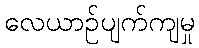
လေယာဉ်ပျက်ကျမှု